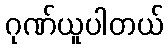
ဂုဏ်ယူပါတယ်